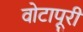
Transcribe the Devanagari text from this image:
वोटापूरी